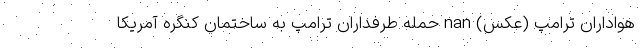
هواداران ترامپ (عکس) nan حمله طرفداران ترامپ به ساختمان کنگره آمریکا